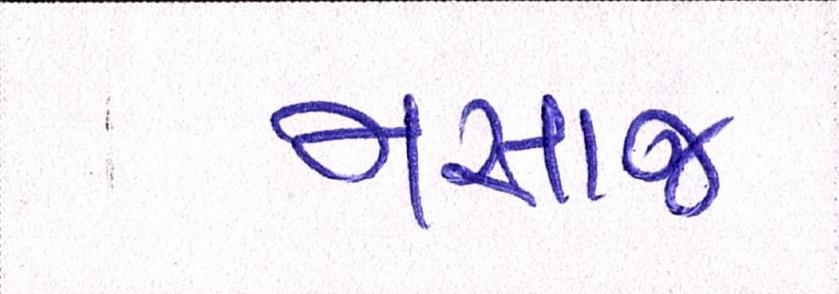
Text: મસાજ